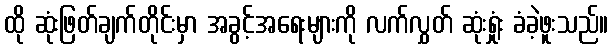
ထို ဆုံးဖြတ်ချက်တိုင်းမှာ အခွင့်အရေးများကို လက်လွှတ် ဆုံးရှုံး ခံခဲ့ဖူးသည်။